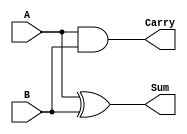
module HA (Sum, Carry, A, B);
output Sum, Carry;
input A, B;

and c1 (Carry, A, B);
xor c2 (Sum, A, B);

endmodule